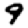
Digit: 9